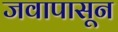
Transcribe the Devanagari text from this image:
जवापासून